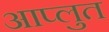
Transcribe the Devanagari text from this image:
आप्लुत